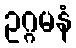
ဥဂ္ဂမနံ